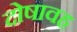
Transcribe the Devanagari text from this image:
दोषावह